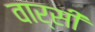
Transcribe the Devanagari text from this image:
वार्सी